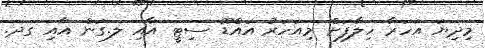
މިދިޔަ އަހަރާ ހިލާފަށް މިއަހަރު އައްޑޫ ސިޓީ އާއި ލ.ގަން އާއި ގދ.